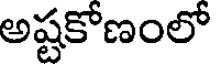
అష్టకోణంలో